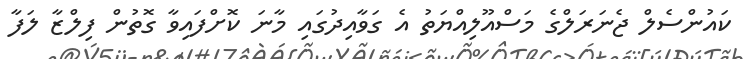
ކައުންސެލް ޖެނަރަލްގެ މަސްއޫލިއްޔަތު އެ ގަވާއިދުގައި މާނަ ކޮށްފައިވާ ގޮތުން ފިލްޒާ ލަފާ